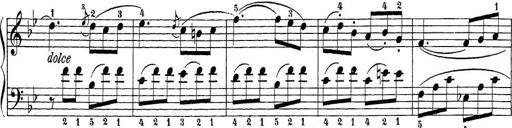
Title: Sonatina Album
Composer: Louis KÃ¶hler